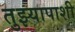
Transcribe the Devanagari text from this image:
तुझ्यापाशी